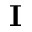
{ \bf I }